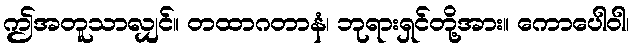
ဤအတူသာလျှင်။ တထာဂတာနံ၊ ဘုရားရှင်တို့အား။ ကောပေါဝါ၊